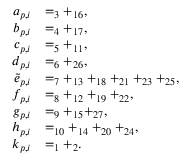
\begin{array} { r l } { a _ { p , i } } & { = _ { 3 } + _ { 1 6 } , } \\ { b _ { p , i } } & { = _ { 4 } + _ { 1 7 } , } \\ { c _ { p , i } } & { = _ { 5 } + _ { 1 1 } , } \\ { d _ { p , i } } & { = _ { 6 } + _ { 2 6 } , } \\ { \tilde { e } _ { p , i } } & { = _ { 7 } + _ { 1 3 } + _ { 1 8 } + _ { 2 1 } + _ { 2 3 } + _ { 2 5 } , } \\ { f _ { p , i } } & { = _ { 8 } + _ { 1 2 } + _ { 1 9 } + _ { 2 2 } , } \\ { g _ { p , i } } & { = _ { 9 } + _ { 1 5 } + _ { 2 7 } , } \\ { h _ { p , i } } & { = _ { 1 0 } + _ { 1 4 } + _ { 2 0 } + _ { 2 4 } , } \\ { k _ { p , i } } & { = _ { 1 } + _ { 2 } . } \end{array}